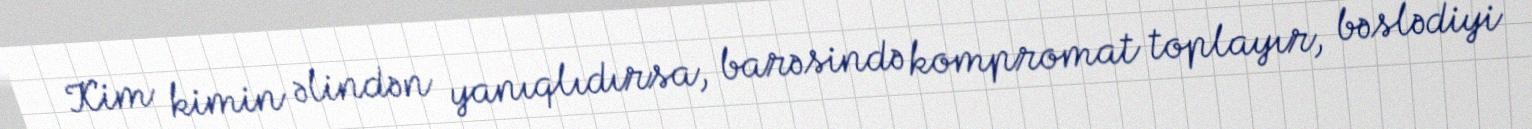
Kim kimin əlindən yanıqlıdırsa, barəsində kompromat toplayır, bəslədiyi